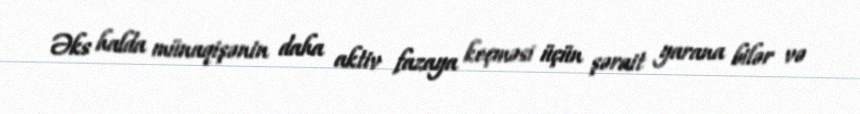
Əks halda münaqişənin daha aktiv fazaya keçməsi üçün şərait yarana bilər və